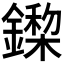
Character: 𨬏